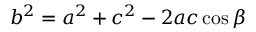
b ^ { 2 } = a ^ { 2 } + c ^ { 2 } - 2 a c \cos \beta